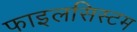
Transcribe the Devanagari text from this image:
फाइलसिस्टम